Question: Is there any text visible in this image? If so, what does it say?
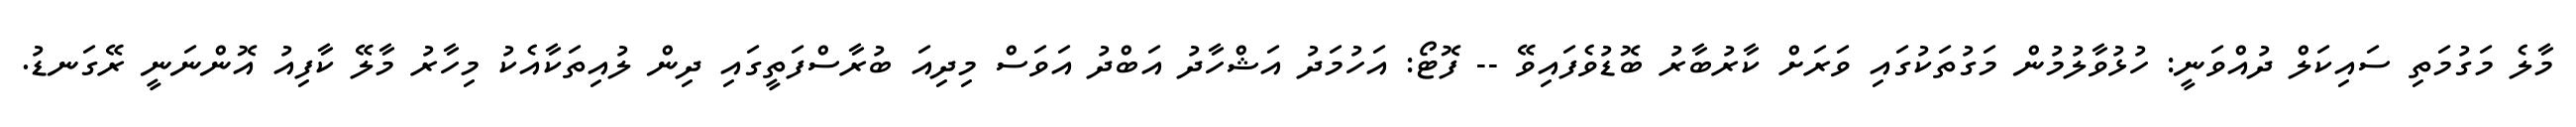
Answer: މާލެ މަގުމަތި ސައިކަލް ދުއްވަނީ: ހުޅުވާލުމުން މަގުތަކުގައި ވަރަށް ކާރުބާރު ބޮޑުވެފައިވޭ -- ފޮޓޯ: އަހުމަދު އަޝްހާދު އަބްދު އަވަސް މިދިއަ ބުރާސްފަތީގައި ދިން ލުއިތަކާއެކު މިހާރު މާލޭ ކާފިއު އޮންނަނީ ރޭގަނޑު.